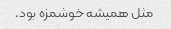
مثل همیشه خوشمزه بود.